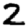
Digit: 2